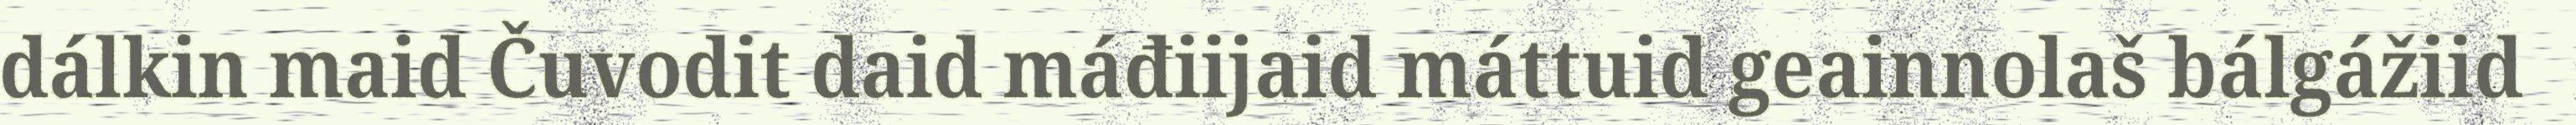
dálkin maid Čuvodit daid máđiijaid máttuid geainnolaš bálgážiid